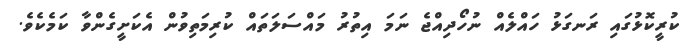
ކުރީކޮޅުގައި ރަނގަޅު ހައްލެއް ނުހޯދިއްޖެ ނަމަ އިތުރު މައްސަލަތައް ކުރިމަތިވުން އެކަށީގެންވާ ކަމެކެވެ.